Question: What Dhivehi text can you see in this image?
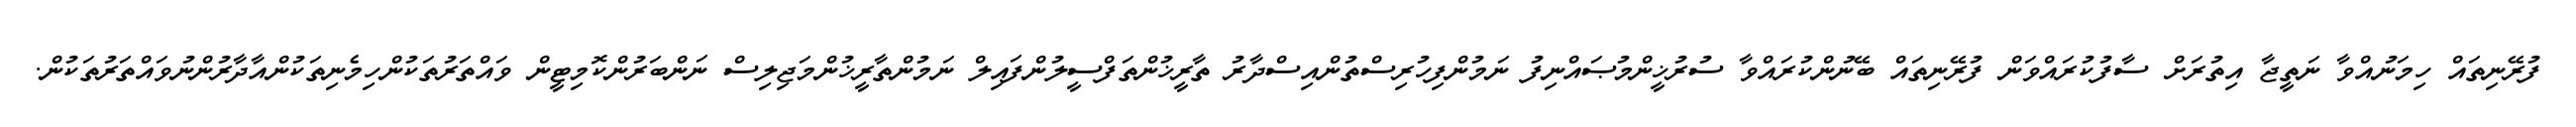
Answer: ފުރޭނިތައް ހިމަނުއްވާ ނަތީޖާ އިތުރަށް ސާފުކުރައްވަން ފުރޭނިތައް ބޭނުންކުރައްވާ ސުރުޚީންމުޞައްނިފު ނަމުންފިހުރިސްތުންއިސްދާރު ތާރީޚުންތަފްސީލުންފައިލް ނަމުންތާރީޚުންމަޖިލިސް ނަންބަރުންކޮމިޓީން ވައްތަރުތަކުންހިމެނިތަކުންއާދާރުންނުވައްތަރުތަކުން.